Annual report of the Bengal Veterinary College and of the Civil Veterinary Department, Bengal, for the year 1915-16 - 1915-1916
Year: 1915
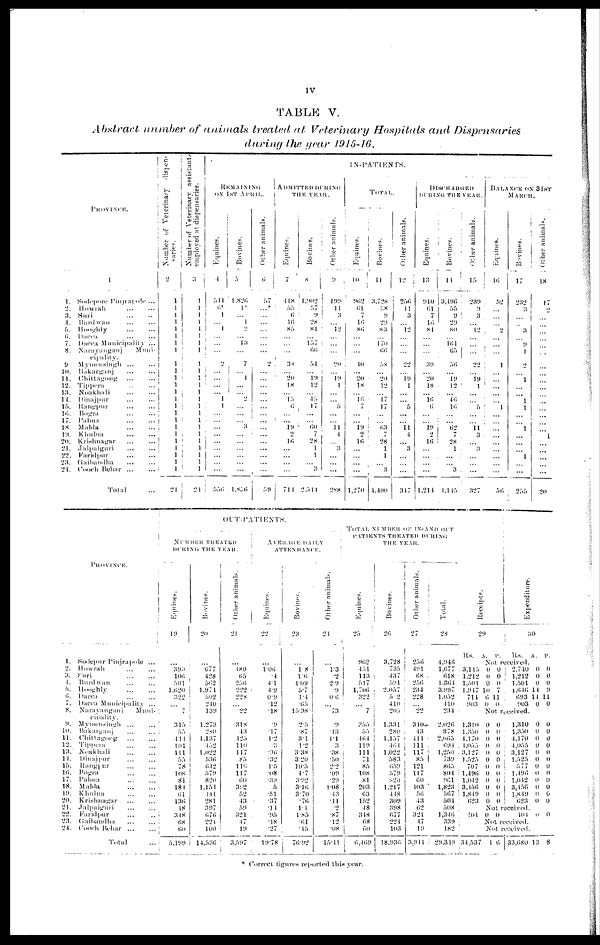
iv
TABLE V.
Abstract number of animals treated at Veterinary Hospitals and Dispensaries
during the year 1915-16.
PROVINCE.
1.
2.
3.
4.
5.
6. 7.
8.
9
10.
11.
12.
13.
14.
15.
16.
17.
18.
19.
20.
21.
22.
23.
21.
1
Sodepore Pinjrapole ...
Howrah
...
...
Suri
...
...
Burd
wan
...
...
Hooghly
...
...
Dacca
...
...
Dacca Municipality ...
Narayanganj
Muni-
cipality.
Mymensingh ... ...
Bakarganj
...
...
Chittagong
...
...
Tippera
...
...
Noakhali
...
...
Dinajpur
...
...
Rangpur
...
...
Bogra ... ...
Palma
...
...
Malda
...
...
Khulna
...
...
Krishnagar
...
...
Jalpaiguri
...
...
Faridpur
...
...
Gaihandha
...
...
Cooch Behar
...
...
Total ...
Number
of Veterinary dispen-
saries.
2
1
1
1
1
1
1
1
1
1 1
1
1
1
1
1
1
1
1
1
1
1
1
1
1
24
Number of Veterinary assistants
employed at dispensaries.
3
1
1
1
1
1
1
1
1
1
1
1
1
1
1
1
1
1
1
1
1
1 1
1
1
21
IN-PATIENTS.
REMAINING
ON 1ST APRIL.
Equines.
4
544
6*
1
...
1
...
...
...
2
...
...
...
... 1
1
...
... ...
...
...
...
...
...
...
556
Bovines.
5
1,826
1*
... 1
2
... 13
...
7
... 1
...
... 2
...
...
... 3
...
...
...
...
... ...
1,856
Other animals.
6
57
...*
...
...
...
...
...
...
2
...
...
...
...
...
...
...
...
...
...
...
...
...
...
...
59
ADMITTED DURING
THE YEAR.
Equines.
7
418
55 0
16
85
...
...
...
38
...
20
18
... 13
6
...
...
19
2
16
...
...
...
...
711
Bovines.
8
1,902
57
9
28
81
... 157
66
51
... 19
12
... 45
17
...
60
7
28
1
1
...
2
2,544
Other animals.
9
199
11
3
...
12
... ...
...
20
...
19
1
...
5
...
... 11
4
...
3
...
...
...
288
TOTAL.
Equines.
10
902
61
7
16
86
...
...
...
10
...
20
18
... 16
7
...
19
2
16
...
...
...
...
1,270
Bovines.
11
3,728
58
9
29
83
... 170
66
58
...
20
12
...
17
17
...
...
63
7
28
1
1
...
3
4,400
Other animals.
12 |
256
11
a
...
12
...
...
...
22
... 19
1
...
...
6
...
... 11
4
...
3
...
...
...
317
DISCHARGED
DURING THE YEAR.
Equines.
13
910
61
7
16
84
...
...
...
39
...
20
18
...
Hi
6
...
...
19
2
16
...
...
...
...
1.214
Bovines.
14
3,496
55
9
29
80
... 161
65
56
...
19
12
...
46
Hi
...
... 02
7
2K
1
...
...
3
4,115
Other animals.
15
239
9
3
...
12
...
...
...
22
... 19
1
...
... 5
...
11
3
...
3
...
... ...
327
BALANCE ON 31ST
MARCH.
Equines.
16
52
...
...
...
...
...
...
...
1
... ...
...
...
... 1
...
...
...
...
...
... ...
...
56
Bovines.
17
232
3
... ..
3
... 9
1
2
... 1
...
... 1
1
...
... 1
...
...
...
1
...
...
255
Other animals.
18
17
2
...
...
...
...
...
..
...
...
...
...
...
...
...
...
...
1
...
...
...
... ...
20
PROVINCE.
1.
2.
a.
4
5.
6.
7.
8.
9.
10.
11.
12.
13.
11.
1ft.
Hi.
17.
18.
19.
20.
21.
22.
23.
24.
Sodepur Pinjrapole ...
Howrah ... ...
Suri
...
...
Burdwan
...
...
Hooghly
...
...
Dacca
...
...
Dacca Municipality ...
Narayanganj
Muni-
cloality.
Mymensingh
...
...
Bakarganj
...
...
Chittagong
...
...
Tippera
...
...
Noakhali
...
...
Dinajpur
...
...
Rangpur
...
...
Bogra
...
...
Pabna
...
...
Malda
...
...
Khulna
...
...
Krishnagar
...
...
Jalpaiguri
...
...
Faridpur
...
...
Gaibandha
...
...
Cooch Behar
...
...
Total ...
OUT-PATIENTS.
NUMBER TREATED
DURING THE YEAR.
Equi nes .
19
...
390
106
501
1.020
322
...
315
55
411
101
111
55
78
108
81
181
til
136
48
348
68
60
5,199
Bovi nes .
20
... 077
428
502
1,974
502
240
139
1.273
2.80
1,137
452
1.022
536
642
ft7l»
820
1,154
441
281
397
676
224
100
14,536
Ot her animals.
21
...
480
0ft
256
222
228
... 22
318
43
425
110
117
8ft
116
117
00
382
52
43
59
321
47
19
3,597
AVERAGE DALLY
ATTENDECE.
Equines.
22
...
1.06
.4
41
4.9
0.9
12
18
.9
.17
1.2
.3
.36
.32
1.5
.08
.39
5
.51
.37
.14
.95
18
.27
19.78
Bovi nes .
23
... 1 8
1.6
109
5.7
1.4
.65
15.38
2ft
.87
3.1
1.2
3.38
320
10.5
4.7
3.92
810
870
.70
1.1
1.85
.61
.45
76.92
Ot her animals.
24
i
1.3
.2
2.9
.9
00
...
.73
.9
13
1.1
3
.38
.50
2.2
.09
.29
1.08
.43
.11
.2
.87
.12
.08
15.41
TOTAL NUMBER OF IN AND OUT
PATIENTS TREATED DURING
THE YEAR.
Equi nes .
25
962
451
113
617
1,706
322
...
7
355
55
404
119
111
71
85
108
81
208
03
152
48
348
08
00
6,469
Bovi nes .
20
3.728
73ft
437
591
2.057
52
410
205
1,331
280
1.157
464
1,022
583
659
579
820
1,217
448
309
398
077
224
103
18,930
Ot her animals.
27
256
491
68
2ft0
234
228
... 22
310.
43
444
111 117
85
121
117
60
403
56
43
62
321
47
19
3,944
Tot al .
28
4,940
1,677
018
1,364
3.997
1,052
410
234
2.020
378
2,665
694
l,2ft0 i
739
80ft
804
961
1,823
ft07
504
508
1,346
339
182
29,349
Receipts.
29
Rs. A. P.
Expenditure.
30
Rs.
A. P.
Not received.
8,145
1,212
1,501
1,947
711
903
0
0
0
10
6
0
0
0
0
7
11
0
2,740
1,212
1,501
1,646
693
903
0
0
0
14
11
0
0
0
0
9
11
0
Not received.
1,310
1.350
4,170
4,055
3,127
1,525
707
1,496
1,042
3,156
1,849
023
0
0
0
0
0
0
0
0
0
0
0
0
0
0
0
0
0
0
0
0
0
0
0
0
1,310
1,350
4,170
4,055
3,127
1.525
577
1,496
1,012
8,456
1,849
623
0
0
0
0
0
0
0
0
0
0
0
0
0
0
0
0
0
0
0
0
0
0
0
0
Not received.
404 0 0
404 0
0
Not received.
Not received.
34,537 1 6 33,680 13 8
* Correct figures reported this year.